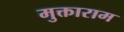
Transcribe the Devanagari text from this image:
मुक्ताराम